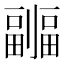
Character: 𠠦